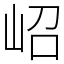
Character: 岹